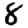
Digit: 8